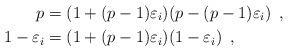
LaTeX: \begin{align*}p&=(1+(p-1)\varepsilon_i)(p-(p-1)\varepsilon_i)\enspace,\\1-\varepsilon_i&=(1+(p-1)\varepsilon_i)(1-\varepsilon_i)\enspace,\end{align*}